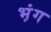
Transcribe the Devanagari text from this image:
भ़ंग